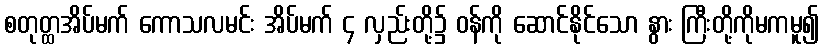
စတုတ္ထအိပ်မက် ကောသလမင်း အိပ်မက် ၄ လှည်းတို့၌ ဝန်ကို ဆောင်နိုင်သော နွား ကြီးတို့ကိုမကမူ၍